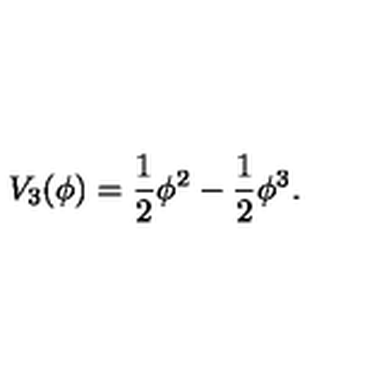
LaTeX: V _ { 3 } ( \phi ) = \frac { 1 } { 2 } \phi ^ { 2 } - \frac { 1 } { 2 } \phi ^ { 3 } .